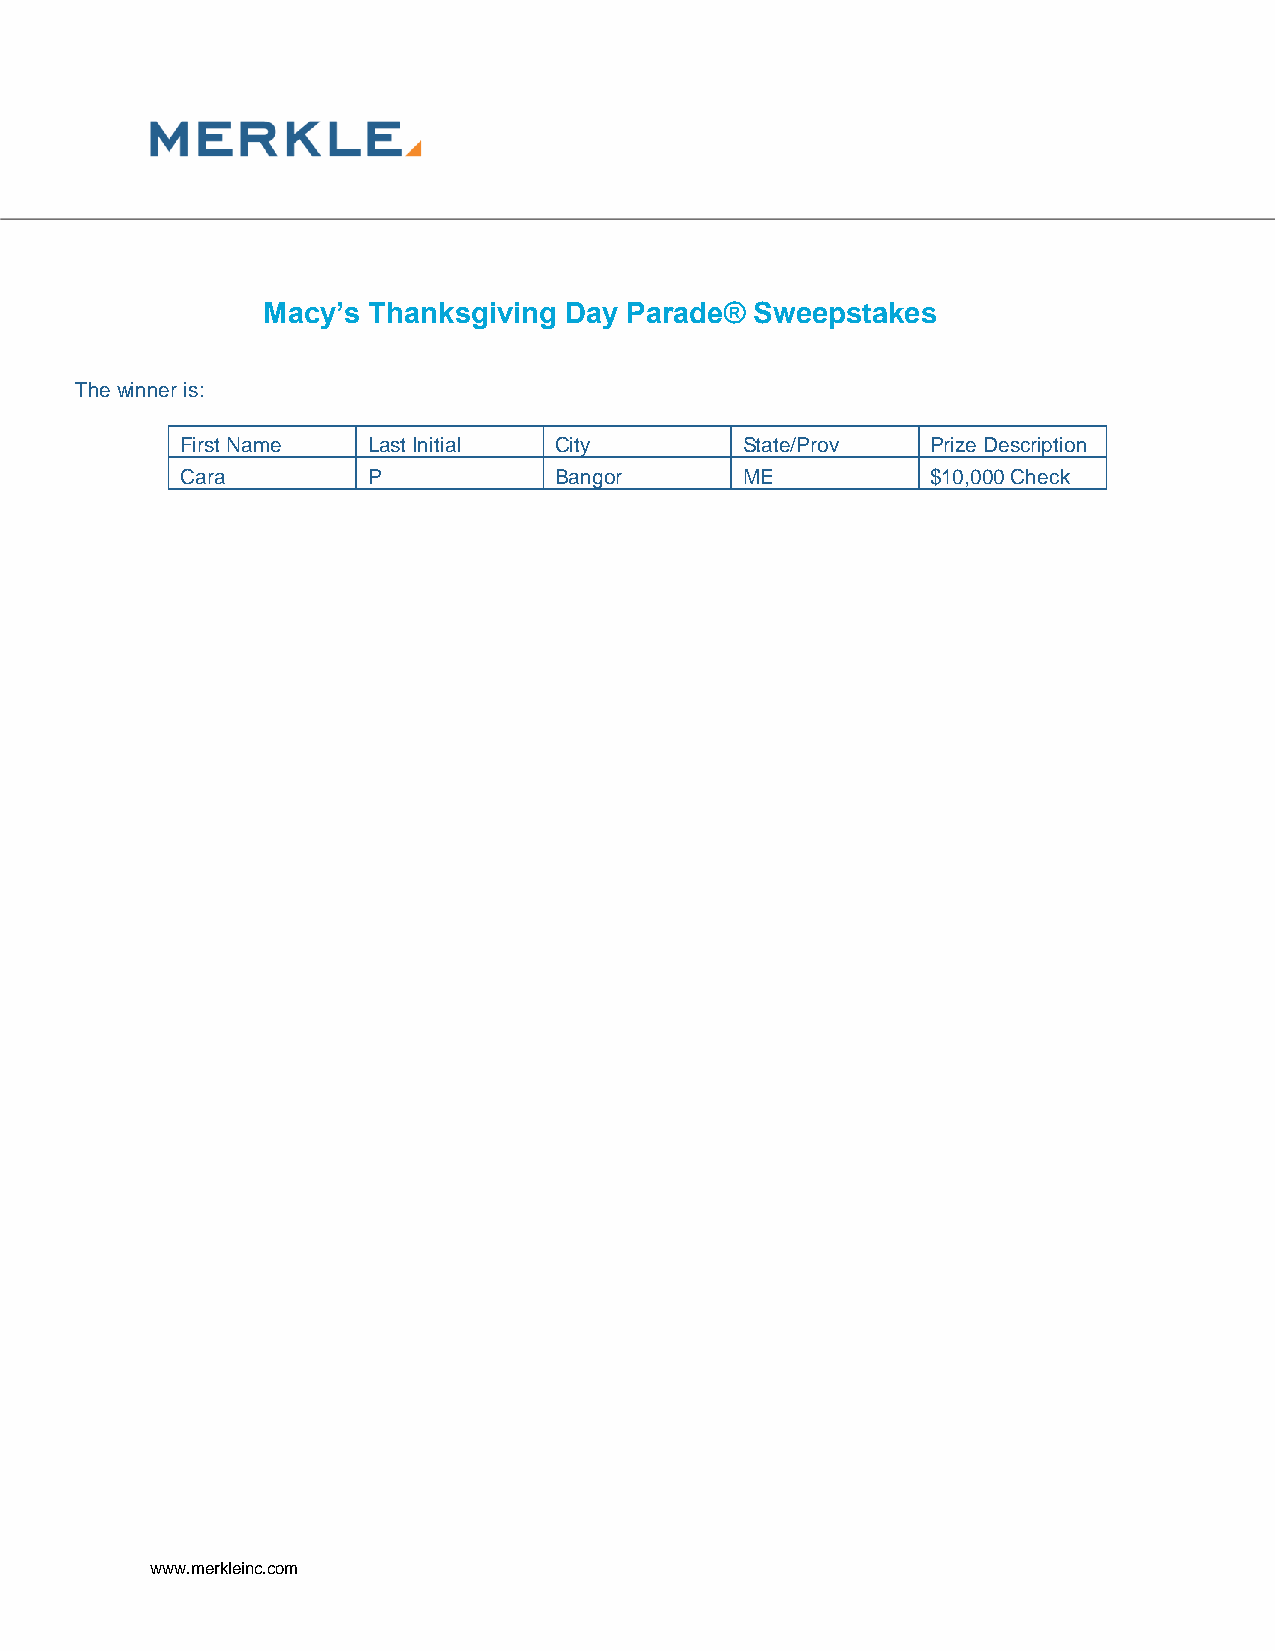
Macy’s Thanksgiving Day Parade®  Sweepstakes
 The winner is:
 First Name  Last Initial City        State/Prov   Prize Description
 Cara        P            Bangor      ME           $10,000 Check
 www.merkleinc.com